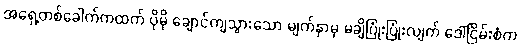
အရှေ့တစ်ခေါက်ကထက် ပိုမို ချောင်ကျသွားသော မျက်နှာမှ မချိပြုံးပြုံးလျက် ဒေါ်ငြိမ်းစံက